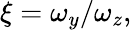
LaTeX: \xi=\omega_{y}/\omega_{z},